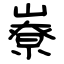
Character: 嶚